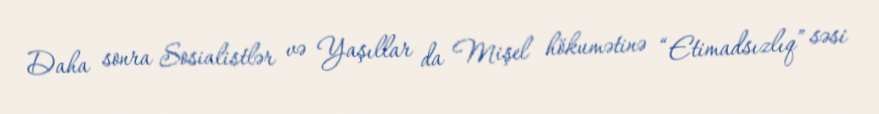
Daha sonra Sosialistlər və Yaşıllar da Mişel hökumətinə “Etimadsızlıq” səsi